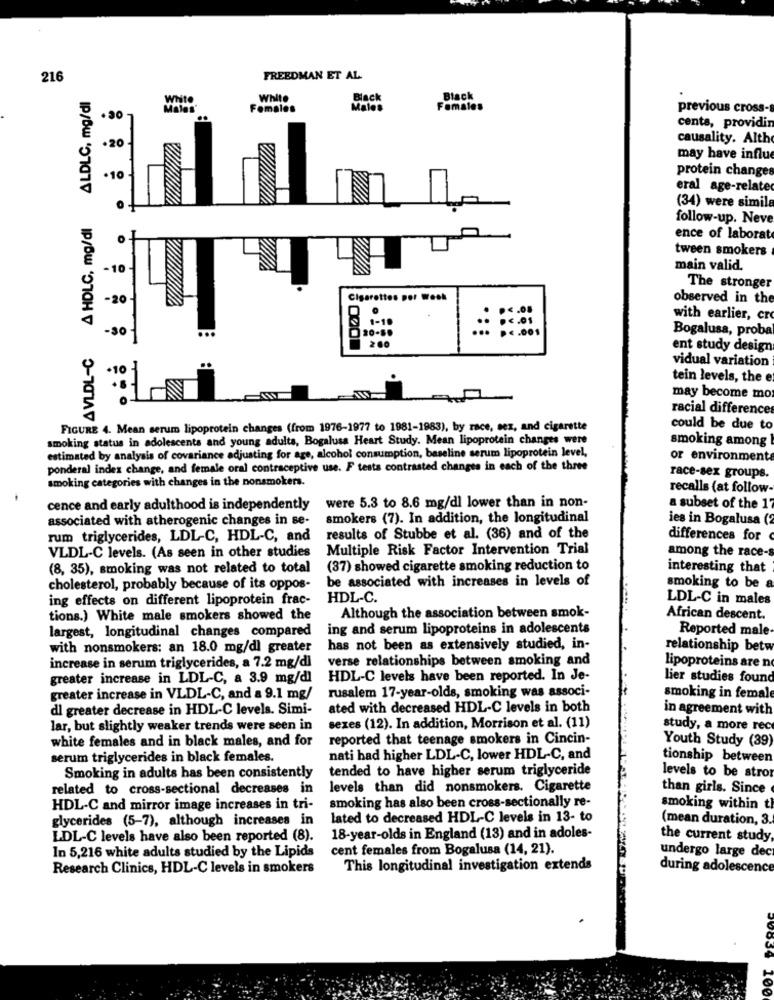
216
FREEDMAN ET AL
ALDLC, mg/dl
White
White
Black
Black
Females
Males
Females
previous cross-
cents, providi
20
causality. Altho
may have influe
protein changes
-10
eral age-relate
(34) were simila
0
AVLDL-C A HDLC, mg/dl
follow-up. Neve
0
ence of laborat
tween smokers
-10
main valid.
The stronger
-20
Cigarettes per Week
observed in the
1-1
with earlier, cro
-so
20-8.
1001
Bogalusa, proba
200
ent study design
vidual variation
tein levels, the e
may become mo
racial difference
FIGURE 4. Mean serum lipoprotein changes (from 1976-1977 to 1981-1983), by race, sex, and cigarette
could be due to
smoking status in adolescents and young adults, Bogalusa Heart Study. Mean lipoprotein changes were
smoking among
estimated by analysis of covariance adjusting for age, alcohol consumption, baseline serum lipoprotein level,
or environment
ponderal index change, and female oral contraceptive use. F tests contrasted changes in each of the three
smoking categories with changes in the nonsmokers.
race-sex groups.
recalls (at follow-
cence and early adulthood is independently
were 5.3 to 8.6 mg/dl lower than in non-
a subset of the 17
associated with atherogenic changes in se-
smokers (7). In addition, the longitudinal
ies in Bogalusa (2
rum triglycerides, LDL-C, HDL-C, and
results of Stubbe et al. (36) and of the
differences for
Multiple Risk Factor Intervention Trial
among the race-s
VLDL-C levels. (As seen in other studies
(8, 35), smoking was not related to total
(37) showed cigarette smoking reduction to
interesting that
be associated with increases in levels of
cholesterol, probably because of its oppos-
smoking to be a
ing effects on different lipoprotein frac-
HDL-C.
LDL-C in males
tions.) White male smokers showed the
Although the association between smok-
African descent.
largest, longitudinal changes compared
ing and serum lipoproteins in adolescents
Reported male
with nonsmokers: an 18.0 mg/dl greater
has not been as extensively studied, in-
relationship betw
verse relationships between smoking and
increase in serum triglycerides, a 7.2 mg/dl
lipoproteins are no
greater increase in LDL-C, a 3.9 mg/dl
HDL-C levels have been reported. In Je-
lier studies found
rusalem 17-year-olds, smoking was associ-
greater increase in VLDL-C, and a 9.1 mg/
smoking in female
dl greater decrease in HDL-C levels. Simi-
ated with decreased HDL-C levels in both
in agreement with
lar, but slightly weaker trends were seen in
sexes (12). In addition, Morrison et al. (11)
study, a more rec
white females and in black males, and for
reported that teenage smokers in Cincin-
Youth Study (39)
serum triglycerides in black females.
nati had higher LDL-C, lower HDL-C, and
tionship between
tended to have higher serum triglyceride
Smoking in adults has been consistently
levels to be stro
related to cross-sectional decreases in
levels than did nonsmokers. Cigarette
than girls. Since
HDL-C and mirror image increases in tri-
smoking has also been cross-sectionally re-
smoking within th
glycerides (5-7), although increases in
lated to decreased HDL-C levels in 13- to
(mean duration, 3.
LDL-C levels have also been reported (8).
18-year-olds in England (13) and in adoles-
the current study,
cent females from Bogalusa (14, 21).
In 5,216 white adults studied by the Lipids
undergo large dec
Research Clinics, HDL-C levels in smokers
This longitudinal investigation extends
during adolescence
100% 100